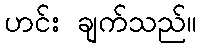
ဟင်း ချက်သည်။